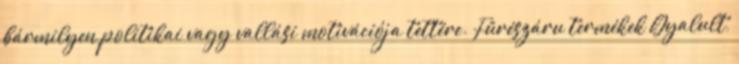
bármilyen politikai vagy vallási motivációja tettére. Fűrészáru termékek Gyalult,